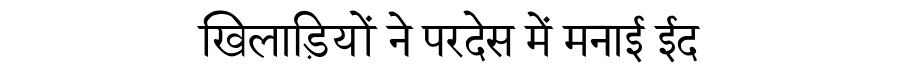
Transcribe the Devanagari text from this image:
खिलाड़ियों ने परदेस में मनाई ईद